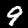
Digit: 9